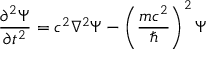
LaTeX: { \frac { \partial ^ { 2 } \Psi } { \partial t ^ { 2 } } } = c ^ { 2 } \nabla ^ { 2 } \Psi - \left( { \frac { m c ^ { 2 } } { \hbar } } \right) ^ { 2 } \Psi \,